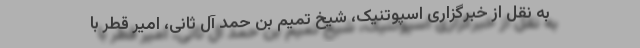
به نقل از خبرگزاری اسپوتنیک، شیخ تمیم بن حمد آل ثانی، امیر قطر با